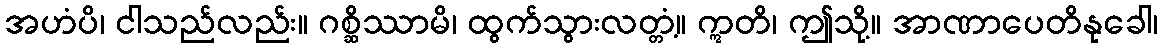
အဟံပိ၊ ငါသည်လည်း။ ဂစ္ဆိဿာမိ၊ ထွက်သွားလတ္တံ့။ ဣတိ၊ ဤသို့။ အာဏာပေတိနုခေါ၊